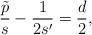
LaTeX: \begin{align*} \frac{\tilde{p}}{s} - \frac{1}{2s'} = \frac{d}{2} ,\end{align*}